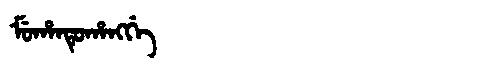
Manchu: ᠮᡠᡥᠠᠨᡨᡠᡥᠠᠩᡤᡝ
Romanization: MUHANTUHANGGE